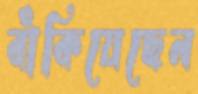
বাঁকিয়েছেন